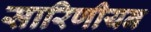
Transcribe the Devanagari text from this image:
सारिणीयन